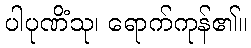
ပါပုဏိံသု၊ ရောက်ကုန်၏။